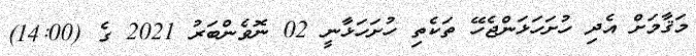
މަޤާމަށް އެދި ހުށަހަޅަންޖެހޭ ތަކެތި ހުށަހަޅާނީ 02 ނޮވެންބަރު 2021 ގެ (14:00)